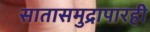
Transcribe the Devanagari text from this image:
सातासमुद्रापारही